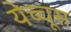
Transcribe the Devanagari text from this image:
येच्चूस